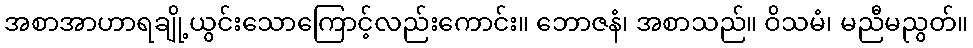
အစာအာဟာရချို့ယွင်းသောကြောင့်လည်းကောင်း။ ဘောဇနံ၊ အစာသည်။ ဝိသမံ၊ မညီမညွတ်။